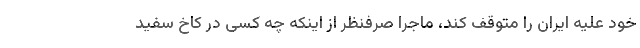
خود علیه ایران را متوقف کند، ماجرا صرفنظر از اینکه چه کسی در کاخ سفید